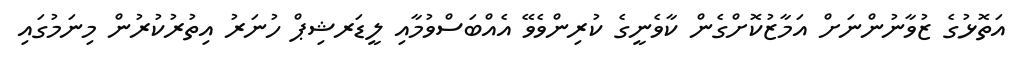
އަތޮޅުގެ ޒުވާނުންނަށް އަމާޒުކޮށްގެން ކާވެނީގެ ކުރިންވެވޭ އެއްބަސްވުމާއި ލީޑަރޝިޕް ހުނަރު އިތުރުކުރުން މިނަމުގައި